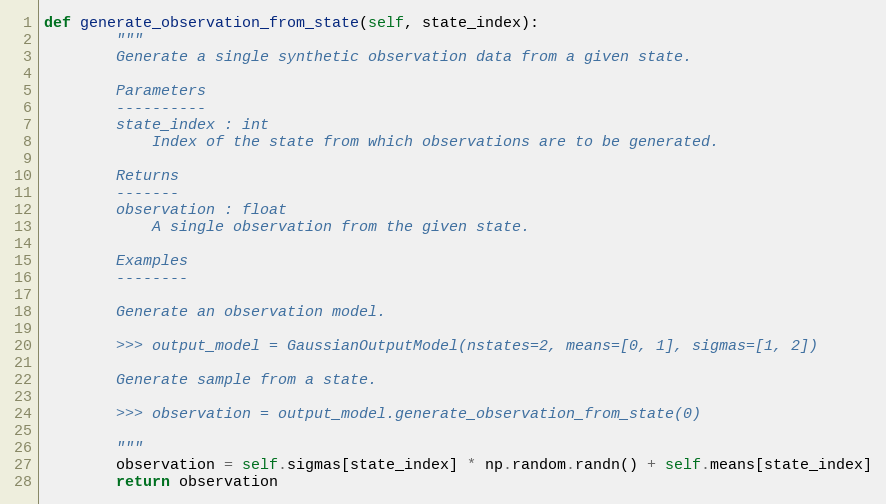
Language: Python
def generate_observation_from_state(self, state_index):
        """
        Generate a single synthetic observation data from a given state.

        Parameters
        ----------
        state_index : int
            Index of the state from which observations are to be generated.

        Returns
        -------
        observation : float
            A single observation from the given state.

        Examples
        --------

        Generate an observation model.

        >>> output_model = GaussianOutputModel(nstates=2, means=[0, 1], sigmas=[1, 2])

        Generate sample from a state.

        >>> observation = output_model.generate_observation_from_state(0)

        """
        observation = self.sigmas[state_index] * np.random.randn() + self.means[state_index]
        return observation